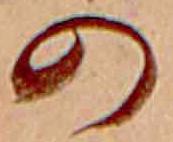
の